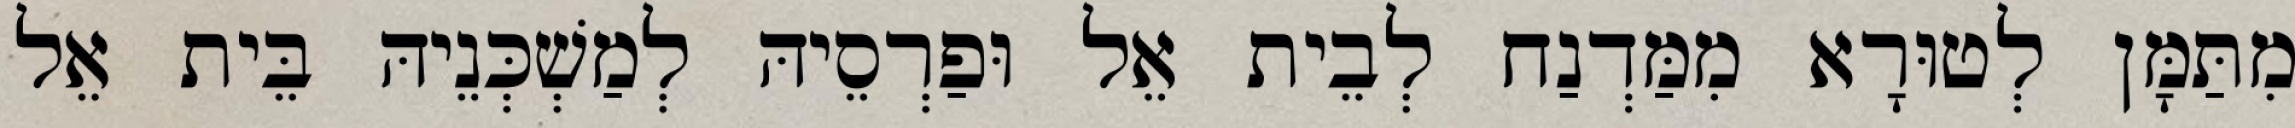
מִתַּמָּן לְטוּרָא מִמַּדְנַח לְבֵית אֵל וּפַרְסֵיהּ לְמַשְׁכְּנֵיהּ בֵּית אֵל